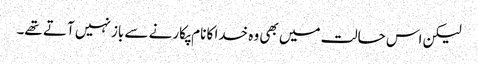
لیکن اس حالت میں بھی وہ خدا کا نام پکارنے سے باز نہیں آتے تھے۔